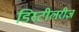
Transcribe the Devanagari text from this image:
डिस्टीलरीज़